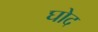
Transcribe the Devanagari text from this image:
घोद